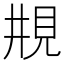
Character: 𠄺